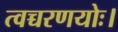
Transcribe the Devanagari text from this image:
त्वच्चरणयोः।